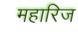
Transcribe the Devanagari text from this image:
महारिज